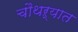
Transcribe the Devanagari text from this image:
चौथऱ्यात